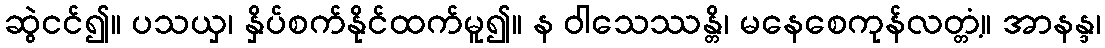
ဆွဲငင်၍။ ပသယှ၊ နှိပ်စက်နိုင်ထက်မူ၍။ န ဝါသေဿန္တိ၊ မနေစေကုန်လတ္တံ့။ အာနန္ဒ၊